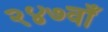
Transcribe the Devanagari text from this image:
२४७वाँ